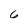
Character: 6